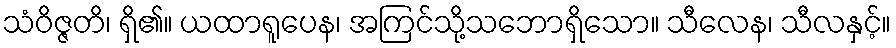
သံဝိဇ္ဇတိ၊ ရှိ၏။ ယထာရူပေန၊ အကြင်သို့သဘောရှိသော။ သီလေန၊ သီလနှင့်။